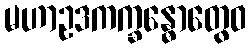
မဟာဥဒကက္ခန္ဓောတွေဝ